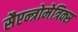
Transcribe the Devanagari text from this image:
सैएन्त्रोमेत्रिक्स